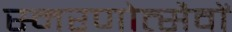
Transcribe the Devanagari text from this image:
स्मरणोत्सैवों